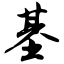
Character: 基